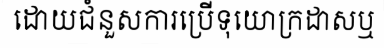
ដោយជំនួសការប្រើទុយោក្រដាសឬ